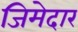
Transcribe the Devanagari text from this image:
जिमेदार